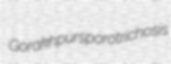
Gorakhpur sporotrichosis